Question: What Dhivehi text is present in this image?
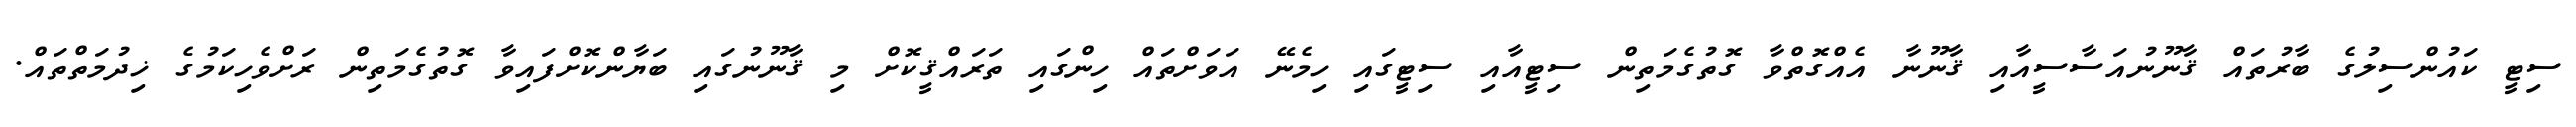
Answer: ސިޓީ ކައުންސިލުގެ ބާރުތައް ޤާނޫނުއަސާސީއާއި ޤާނޫނާ އެއްގޮތްވާ ގޮތުގެމަތިން ސިޓީއާއި ސިޓީގައި ހިމެނޭ އަވަށްތައް ހިންގައި ތަރައްޤީކޮށް މި ޤާނޫނުގައި ބަޔާންކޮށްފައިވާ ގޮތުގެމަތިން ރަށްވެހިކަމުގެ ޚިދުމަތްތައް.